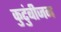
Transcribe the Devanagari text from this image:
कुटुंबीजन